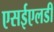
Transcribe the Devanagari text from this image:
एसईएलडी